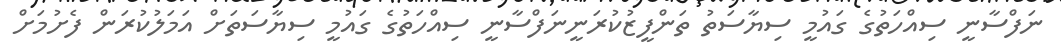
ނަފްސާނީ ސިއްހަތުގެ ގައުމީ ސިޔާސަތު ތަންފީޒުކުރަނީނަފްސާނީ ސިއްހަތުގެ ގައުމީ ސިޔާސަތަށް އަމަލުކުރަން ފެށުމަށް